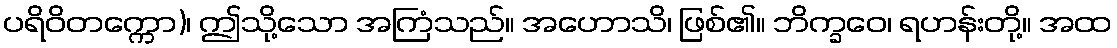
ပရိဝိတက္ကော)၊ ဤသို့သော အကြံသည်။ အဟောသိ၊ ဖြစ်၏။ ဘိက္ခဝေ၊ ရဟန်းတို့။ အထ